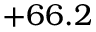
+ 6 6 . 2